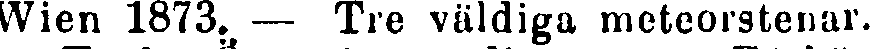
Wien 1873. — Tre väldiga meteorstenar.